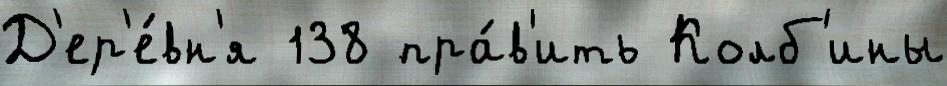
Д'ер'е́вн'я 138 пра́в'ить Колб'ины